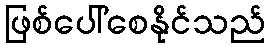
ဖြစ်ပေါ်စေနိုင်သည်